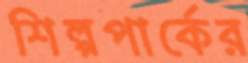
শিল্পপার্কের